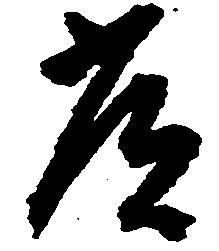
常